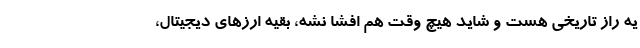
یه راز تاریخی هست و شاید هیچ وقت هم افشا نشه، بقیه ارزهای دیجیتال،